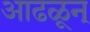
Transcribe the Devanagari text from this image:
आढळून्